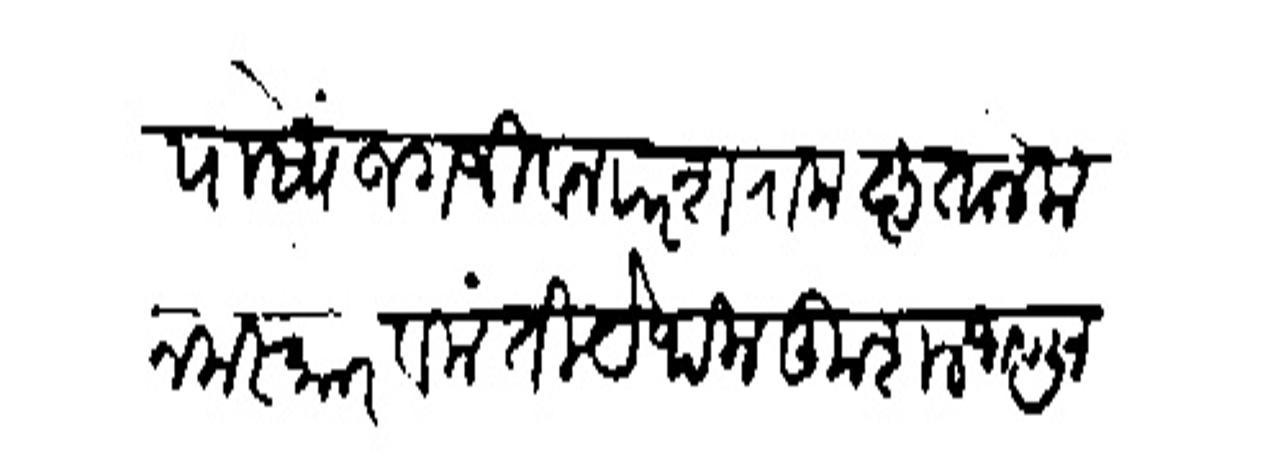
Transliteration (Devanagari): पोंष्य जगजीवन परझराम कृतानेक नमस्कार विनंती येथील कुशल जाणून